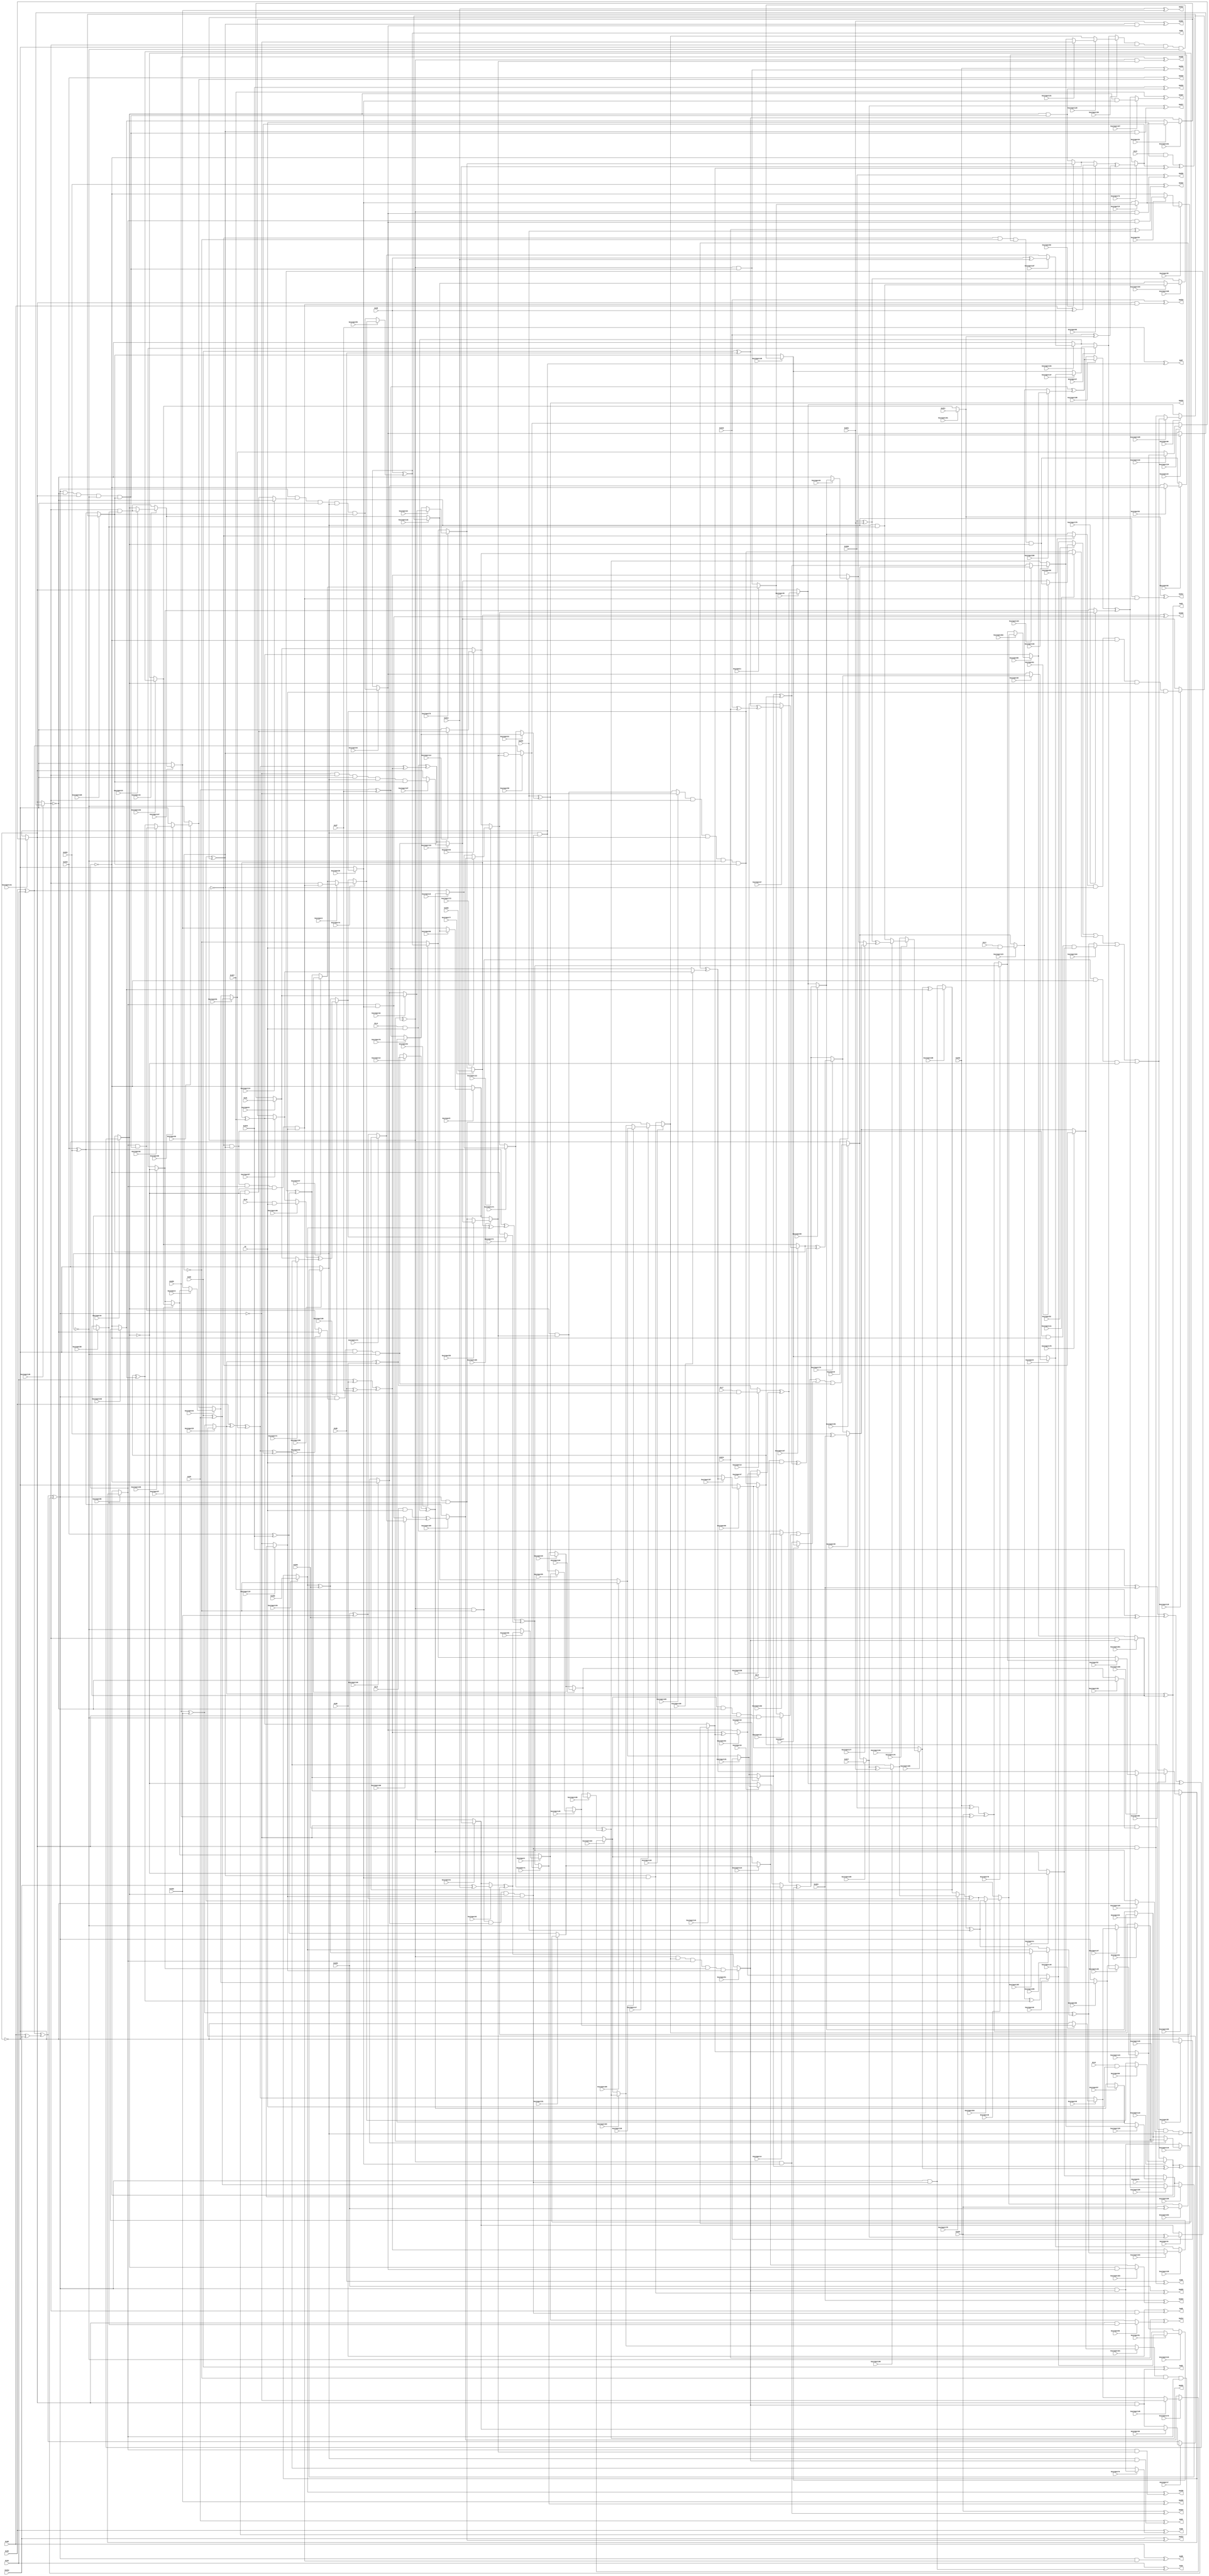
// Verilog File 
module top (Gid0,Gid1,Gid2,Gid3,Gid4,Gid5,Gid6,Gid7,Gid8,
Gid9,Gid10,Gid11,Gid12,Gid13,Gid14,Gid15,Gid16,Gid17,Gid18,
Gid19,Gid20,Gid21,Gid22,Gid23,Gid24,Gid25,Gid26,Gid27,Gid28,
Gid29,Gid30,Gid31,Gic0,Gic1,Gic2,Gic3,Gic4,Gic5,Gic6,
Gic7,Gr,God0,God1,God2,God3,God4,God5,God6,God7,
God8,God9,God10,God11,God12,God13,God14,God15,God16,God17,
God18,God19,God20,God21,God22,God23,God24,God25,God26,God27,
God28,God29,God30,God31,keyinput0,keyinput1,keyinput2,keyinput3,keyinput4,keyinput5,
keyinput6,keyinput7,keyinput8,keyinput9,keyinput10,keyinput11,keyinput12,keyinput13,keyinput14,keyinput15,
keyinput16,keyinput17,keyinput18,keyinput19,keyinput20,keyinput21,keyinput22,keyinput23,keyinput24,keyinput25,
keyinput26,keyinput27,keyinput28,keyinput29,keyinput30,keyinput31,keyinput32,keyinput33,keyinput34,keyinput35,
keyinput36,keyinput37,keyinput38,keyinput39,keyinput40,keyinput41,keyinput42,keyinput43,keyinput44,keyinput45,
keyinput46,keyinput47,keyinput48,keyinput49,keyinput50,keyinput51,keyinput52,keyinput53,keyinput54,keyinput55,
keyinput56,keyinput57,keyinput58,keyinput59,keyinput60,keyinput61,keyinput62,keyinput63,keyinput64,keyinput65,
keyinput66,keyinput67,keyinput68,keyinput69,keyinput70,keyinput71,keyinput72,keyinput73,keyinput74,keyinput75,
keyinput76,keyinput77,keyinput78,keyinput79,keyinput80,keyinput81,keyinput82,keyinput83,keyinput84,keyinput85,
keyinput86,keyinput87,keyinput88,keyinput89,keyinput90,keyinput91,keyinput92,keyinput93,keyinput94,keyinput95,
keyinput96,keyinput97,keyinput98,keyinput99,keyinput100,keyinput101,keyinput102,keyinput103,keyinput104,keyinput105,
keyinput106,keyinput107,keyinput108,keyinput109,keyinput110,keyinput111,keyinput112,keyinput113,keyinput114,keyinput115,
keyinput116,keyinput117,keyinput118,keyinput119,keyinput120,keyinput121,keyinput122,keyinput123,keyinput124,keyinput125,
keyinput126,keyinput127,keyinput128,keyinput129,keyinput130,keyinput131,keyinput132,keyinput133,keyinput134,keyinput135,
keyinput136,keyinput137,keyinput138,keyinput139,keyinput140,keyinput141,keyinput142,keyinput143,keyinput144,keyinput145,
keyinput146,keyinput147,keyinput148,keyinput149,keyinput150,keyinput151,keyinput152,keyinput153,keyinput154,keyinput155,
keyinput156,keyinput157,keyinput158,keyinput159,keyinput160,keyinput161,keyinput162,keyinput163,keyinput164,keyinput165,
keyinput166,keyinput167,keyinput168,keyinput169,keyinput170,keyinput171,keyinput172,keyinput173,keyinput174,keyinput175,
keyinput176,keyinput177,keyinput178,keyinput179,keyinput180,keyinput181,keyinput182,keyinput183,keyinput184,keyinput185,
keyinput186,keyinput187,keyinput188,keyinput189,keyinput190,keyinput191,keyinput192,keyinput193,keyinput194,keyinput195,
keyinput196,keyinput197,keyinput198,keyinput199,keyinput200,keyinput201,keyinput202,keyinput203,keyinput204,keyinput205);

input Gid0,Gid1,Gid2,Gid3,Gid4,Gid5,Gid6,Gid7,Gid8,
Gid9,Gid10,Gid11,Gid12,Gid13,Gid14,Gid15,Gid16,Gid17,Gid18,
Gid19,Gid20,Gid21,Gid22,Gid23,Gid24,Gid25,Gid26,Gid27,Gid28,
Gid29,Gid30,Gid31,Gic0,Gic1,Gic2,Gic3,Gic4,Gic5,Gic6,
Gic7,Gr,keyinput0,keyinput1,keyinput2,keyinput3,keyinput4,keyinput5,keyinput6,keyinput7,
keyinput8,keyinput9,keyinput10,keyinput11,keyinput12,keyinput13,keyinput14,keyinput15,keyinput16,keyinput17,
keyinput18,keyinput19,keyinput20,keyinput21,keyinput22,keyinput23,keyinput24,keyinput25,keyinput26,keyinput27,
keyinput28,keyinput29,keyinput30,keyinput31,keyinput32,keyinput33,keyinput34,keyinput35,keyinput36,keyinput37,
keyinput38,keyinput39,keyinput40,keyinput41,keyinput42,keyinput43,keyinput44,keyinput45,keyinput46,keyinput47,
keyinput48,keyinput49,keyinput50,keyinput51,keyinput52,keyinput53,keyinput54,keyinput55,keyinput56,keyinput57,
keyinput58,keyinput59,keyinput60,keyinput61,keyinput62,keyinput63,keyinput64,keyinput65,keyinput66,keyinput67,
keyinput68,keyinput69,keyinput70,keyinput71,keyinput72,keyinput73,keyinput74,keyinput75,keyinput76,keyinput77,
keyinput78,keyinput79,keyinput80,keyinput81,keyinput82,keyinput83,keyinput84,keyinput85,keyinput86,keyinput87,
keyinput88,keyinput89,keyinput90,keyinput91,keyinput92,keyinput93,keyinput94,keyinput95,keyinput96,keyinput97,
keyinput98,keyinput99,keyinput100,keyinput101,keyinput102,keyinput103,keyinput104,keyinput105,keyinput106,keyinput107,
keyinput108,keyinput109,keyinput110,keyinput111,keyinput112,keyinput113,keyinput114,keyinput115,keyinput116,keyinput117,
keyinput118,keyinput119,keyinput120,keyinput121,keyinput122,keyinput123,keyinput124,keyinput125,keyinput126,keyinput127,
keyinput128,keyinput129,keyinput130,keyinput131,keyinput132,keyinput133,keyinput134,keyinput135,keyinput136,keyinput137,
keyinput138,keyinput139,keyinput140,keyinput141,keyinput142,keyinput143,keyinput144,keyinput145,keyinput146,keyinput147,
keyinput148,keyinput149,keyinput150,keyinput151,keyinput152,keyinput153,keyinput154,keyinput155,keyinput156,keyinput157,
keyinput158,keyinput159,keyinput160,keyinput161,keyinput162,keyinput163,keyinput164,keyinput165,keyinput166,keyinput167,
keyinput168,keyinput169,keyinput170,keyinput171,keyinput172,keyinput173,keyinput174,keyinput175,keyinput176,keyinput177,
keyinput178,keyinput179,keyinput180,keyinput181,keyinput182,keyinput183,keyinput184,keyinput185,keyinput186,keyinput187,
keyinput188,keyinput189,keyinput190,keyinput191,keyinput192,keyinput193,keyinput194,keyinput195,keyinput196,keyinput197,
keyinput198,keyinput199,keyinput200,keyinput201,keyinput202,keyinput203,keyinput204,keyinput205;

output God0,God1,God2,God3,God4,God5,God6,God7,God8,
God9,God10,God11,God12,God13,God14,God15,God16,God17,God18,
God19,God20,God21,God22,God23,God24,God25,God26,God27,God28,
God29,God30,God31;

wire Gxa0,Gxa1,Gxa2,Gxa3,Gxa4,Gxa5,Gxa6,Gxa7,Gxa8,
Gxa9,Gxa10,Gxa11,Gxa12,Gxa13,Gxa14,Gxa15,Gh0,Gh1,Gh2,
Gh3,Gh4,Gh5,Gh6,Gh7,Gxb0,Gxc0,Gxb1,Gxc1,Gxb2,
Gxc2,Gxb3,Gxc3,Gxb4,Gxc4,Gxb5,Gxc5,Gxb6,Gxc6,Gxb7,
Gxc7,Gf0,Gf1,Gf2,Gf3,Gf4,Gf5,Gf6,Gf7,Gxe0,
Gxe1,Gxe2,Gxe3,Gxe4,Gxe5,Gxe6,Gxe7,Gg0,Gg1,Gg2,
Gg3,Gg4,Gg5,Gg6,Gg7,Gxd0,Gxd1,Gxd2,Gxd3,Gxd4,
Gxd5,Gxd6,Gxd7,Gs0,Gs1,Gs2,Gs3,Gs4,Gs5,Gs6,
Gs7,Gy0a,Gy1a,Gy2a,Gy0b,Gy1b,Gy3b,Gy0c,Gy2c,Gy3c,
Gy1d,Gy2d,Gy3d,Gy5i,Gy7i,Gy5j,Gy6j,Gy4k,Gy7k,Gy4l,
Gy6l,Gy4a,Gy5a,Gy6a,Gy4b,Gy5b,Gy7b,Gy4c,Gy6c,Gy7c,
Gy5d,Gy6d,Gy7d,Gy1i,Gy3i,Gy1j,Gy2j,Gy0k,Gy3k,Gy0l,
Gy2l,Gt0,Gt1,Gt2,Gt3,Gt4,Gt5,Gt6,Gt7,Gu0,
Gu1,Gwa,Gwb,Gwc,Gwd,Gwe,Gwf,Gwg,Gwh,Ge0,
Ge1,Ge2,Ge3,Ge4,Ge5,Ge6,Ge7,Ge8,Ge9,Ge10,
Ge11,Ge12,Ge13,Ge14,Ge15,Ge16,Ge17,Ge18,Ge19,Ge20,
Ge21,Ge22,Ge23,Ge24,Ge25,Ge26,Ge27,Ge28,Ge29,Ge30,
Ge31,muxed0,muxed1,muxed2,muxed3,muxed4,muxed5,muxed6,muxed7,muxed8,
muxed9,muxed10,muxed11,muxed12,muxed13,muxed14,muxed15,muxed16,muxed17,muxed18,
muxed19,muxed20,muxed21,muxed22,muxed23,muxed24,muxed25,muxed26,muxed27,muxed28,
muxed29,muxed30,muxed31,muxed32,muxed33,muxed34,muxed35,muxed36,muxed37,muxed38,
muxed39,muxed40,muxed41,muxed42,muxed43,muxed44,muxed45,muxed46,muxed47,muxed48,
muxed49,muxed50,muxed51,muxed52,muxed53,muxed54,muxed55,muxed56,muxed57,muxed58,
muxed59,muxed60,muxed61,muxed62,muxed63,muxed64,muxed65,muxed66,muxed67,muxed68,
muxed69,muxed70,muxed71,muxed72,muxed73,muxed74,muxed75,muxed76,muxed77,muxed78,
muxed79,muxed80,muxed81,muxed82,muxed83,muxed84,muxed85,muxed86,muxed87,muxed88,
muxed89,muxed90,muxed91,muxed92,muxed93,muxed94,muxed95,muxed96,muxed97,muxed98,
muxed99,muxed100,muxed101,muxed102,muxed103,muxed104,muxed105,muxed106,muxed107,muxed108,
muxed109,muxed110,muxed111,muxed112,muxed113,muxed114,muxed115,muxed116,muxed117,muxed118,
muxed119,muxed120,muxed121,muxed122,muxed123,muxed124,muxed125,muxed126,muxed127,muxed128,
muxed129,muxed130,muxed131,muxed132,muxed133,muxed134,muxed135,muxed136,muxed137,muxed138,
muxed139,muxed140,muxed141,muxed142,muxed143,muxed144,muxed145,muxed146,muxed147,muxed148,
muxed149,muxed150,muxed151,muxed152,muxed153,muxed154,muxed155,muxed156,muxed157,muxed158,
muxed159,muxed160,muxed161,muxed162,muxed163,muxed164,muxed165,muxed166,muxed167,muxed168,
muxed169,muxed170,muxed171,muxed172,muxed173,muxed174,muxed175,muxed176,muxed177,muxed178,
muxed179,muxed180,muxed181,muxed182,muxed183,muxed184,muxed185,muxed186,muxed187,muxed188,
muxed189,muxed190,muxed191,muxed192,muxed193,muxed194,muxed195,muxed196,muxed197,muxed198,
muxed199,muxed200,muxed201,muxed202,muxed203,muxed204,muxed205;
xor gate_0(Gxa0,Gid0,muxed29);
xor gate_1(Gxa1,Gid2,Gid3);
xor gate_2(Gxa2,Gid4,Gid5);
xor gate_3(Gxa3,Gid6,Gid7);
xor gate_4(Gxa4,Gid8,Gid9);
xor gate_5(Gxa5,Gid10,muxed191);
xor gate_6(Gxa6,Gid12,Gid13);
xor gate_7(Gxa7,Gid14,Gid15);
xor gate_8(Gxa8,Gid16,muxed180);
xor gate_9(Gxa9,Gid18,Gid19);
xor gate_10(Gxa10,Gid20,Gid21);
xor gate_11(Gxa11,Gid22,Gid23);
xor gate_12(Gxa12,Gid24,Gid25);
xor gate_13(Gxa13,muxed77,Gid27);
xor gate_14(Gxa14,Gid28,Gid29);
xor gate_15(Gxa15,muxed154,Gid31);
and gate_16(Gh0,Gic0,Gr);
and gate_17(Gh1,Gic1,Gr);
and gate_18(Gh2,Gic2,Gr);
and gate_19(Gh3,Gic3,Gr);
and gate_20(Gh4,Gic4,Gr);
and gate_21(Gh5,Gic5,Gr);
and gate_22(Gh6,Gic6,Gr);
and gate_23(Gh7,Gic7,Gr);
xor gate_24(Gxb0,Gid0,Gid4);
xor gate_25(Gxc0,Gid8,Gid12);
xor gate_26(Gxb1,muxed29,Gid5);
xor gate_27(Gxc1,Gid9,Gid13);
xor gate_28(Gxb2,Gid2,Gid6);
xor gate_29(Gxc2,Gid10,Gid14);
xor gate_30(Gxb3,Gid3,Gid7);
xor gate_31(Gxc3,muxed191,Gid15);
xor gate_32(Gxb4,Gid16,Gid20);
xor gate_33(Gxc4,Gid24,Gid28);
xor gate_34(Gxb5,muxed180,Gid21);
xor gate_35(Gxc5,Gid25,Gid29);
xor gate_36(Gxb6,Gid18,Gid22);
xor gate_37(Gxc6,muxed77,muxed154);
xor gate_38(Gxb7,Gid19,Gid23);
xor gate_39(Gxc7,Gid27,Gid31);
xor gate_40(Gf0,Gxa0,muxed81);
xor gate_41(Gf1,Gxa2,Gxa3);
xor gate_42(Gf2,muxed65,Gxa5);
xor gate_43(Gf3,muxed40,muxed35);
xor gate_44(Gf4,muxed31,Gxa9);
xor gate_45(Gf5,Gxa10,muxed177);
xor gate_46(Gf6,muxed203,muxed159);
xor gate_47(Gf7,Gxa14,muxed205);
xor gate_48(Gxe0,Gxb0,Gxc0);
xor gate_49(Gxe1,muxed12,muxed153);
xor gate_50(Gxe2,Gxb2,Gxc2);
xor gate_51(Gxe3,Gxb3,muxed200);
xor gate_52(Gxe4,Gxb4,Gxc4);
xor gate_53(Gxe5,muxed175,Gxc5);
xor gate_54(Gxe6,Gxb6,Gxc6);
xor gate_55(Gxe7,Gxb7,Gxc7);
xor gate_56(Gg0,Gf0,Gf1);
xor gate_57(Gg1,muxed76,muxed144);
xor gate_58(Gg2,Gf0,muxed76);
xor gate_59(Gg3,Gf1,muxed144);
xor gate_60(Gg4,muxed16,muxed189);
xor gate_61(Gg5,muxed156,muxed162);
xor gate_62(Gg6,muxed16,muxed156);
xor gate_63(Gg7,muxed189,muxed162);
xor gate_64(Gxd0,muxed110,Gg4);
xor gate_65(Gxd1,muxed123,Gg5);
xor gate_66(Gxd2,Gh2,Gg6);
xor gate_67(Gxd3,Gh3,muxed186);
xor gate_68(Gxd4,Gh4,Gg0);
xor gate_69(Gxd5,Gh5,Gg1);
xor gate_70(Gxd6,muxed160,muxed74);
xor gate_71(Gxd7,muxed13,muxed47);
xor gate_72(Gs0,Gxe0,Gxd0);
xor gate_73(Gs1,muxed14,muxed143);
xor gate_74(Gs2,muxed167,Gxd2);
xor gate_75(Gs3,muxed198,muxed170);
xor gate_76(Gs4,muxed26,Gxd4);
xor gate_77(Gs5,Gxe5,Gxd5);
xor gate_78(Gs6,Gxe6,muxed72);
xor gate_79(Gs7,Gxe7,muxed45);
not gate_80(Gy0a,Gs0);
not gate_81(Gy1a,muxed140);
not gate_82(Gy2a,muxed141);
not gate_83(Gy0b,Gs0);
not gate_84(Gy1b,muxed140);
not gate_85(Gy3b,muxed195);
not gate_86(Gy0c,Gs0);
not gate_87(Gy2c,muxed141);
not gate_88(Gy3c,muxed195);
not gate_89(Gy1d,muxed140);
not gate_90(Gy2d,muxed141);
not gate_91(Gy3d,muxed195);
not gate_92(Gy5i,Gs5);
not gate_93(Gy7i,muxed44);
not gate_94(Gy5j,Gs5);
not gate_95(Gy6j,muxed85);
not gate_96(Gy4k,Gs4);
not gate_97(Gy7k,muxed44);
not gate_98(Gy4l,Gs4);
not gate_99(Gy6l,muxed85);
not gate_100(Gy4a,Gs4);
not gate_101(Gy5a,Gs5);
not gate_102(Gy6a,muxed85);
not gate_103(Gy4b,Gs4);
not gate_104(Gy5b,Gs5);
not gate_105(Gy7b,muxed44);
not gate_106(Gy4c,Gs4);
not gate_107(Gy6c,muxed85);
not gate_108(Gy7c,muxed44);
not gate_109(Gy5d,Gs5);
not gate_110(Gy6d,muxed85);
not gate_111(Gy7d,muxed44);
not gate_112(Gy1i,muxed140);
not gate_113(Gy3i,muxed195);
not gate_114(Gy1j,muxed140);
not gate_115(Gy2j,muxed141);
not gate_116(Gy0k,Gs0);
not gate_117(Gy3k,muxed195);
not gate_118(Gy0l,Gs0);
not gate_119(Gy2l,muxed141);
and gate_120(Gt0,Gy0a,muxed152,muxed126,muxed195);
and gate_121(Gt1,muxed184,Gy1b,muxed141,Gy3b);
and gate_122(Gt2,muxed136,muxed140,Gy2c,Gy3c);
and gate_123(Gt3,Gs0,muxed84,Gy2d,Gy3d);
and gate_124(Gt4,Gy4a,Gy5a,muxed62,muxed44);
and gate_125(Gt5,muxed101,Gy5b,muxed85,Gy7b);
and gate_126(Gt6,Gy4c,Gs5,Gy6c,muxed11);
and gate_127(Gt7,Gs4,Gy5d,Gy6d,Gy7d);
or gate_128(Gu0,muxed182,muxed19,muxed7,Gt3);
or gate_129(Gu1,muxed92,muxed111,muxed164,Gt7);
and gate_130(Gwa,Gs4,muxed129,muxed85,muxed199,muxed119);
and gate_131(Gwb,Gs4,Gy5j,muxed146,muxed44,muxed119);
and gate_132(Gwc,Gy4k,Gs5,muxed85,Gy7k,muxed119);
and gate_133(Gwd,muxed89,Gs5,Gy6l,muxed44,muxed119);
and gate_134(Gwe,Gs0,Gy1i,muxed141,Gy3i,muxed108);
and gate_135(Gwf,Gs0,muxed114,Gy2j,muxed195,muxed108);
and gate_136(Gwg,muxed105,muxed140,muxed141,Gy3k,muxed108);
and gate_137(Gwh,Gy0l,muxed140,Gy2l,muxed195,muxed108);
and gate_138(Ge0,Gs0,muxed51);
and gate_139(Ge1,muxed140,muxed51);
and gate_140(Ge2,muxed141,muxed51);
and gate_141(Ge3,muxed195,muxed51);
and gate_142(Ge4,Gs0,Gwb);
and gate_143(Ge5,muxed140,Gwb);
and gate_144(Ge6,muxed141,Gwb);
and gate_145(Ge7,muxed195,Gwb);
and gate_146(Ge8,Gs0,Gwc);
and gate_147(Ge9,muxed140,Gwc);
and gate_148(Ge10,muxed141,Gwc);
and gate_149(Ge11,muxed195,Gwc);
and gate_150(Ge12,Gs0,muxed98);
and gate_151(Ge13,muxed140,muxed98);
and gate_152(Ge14,muxed141,muxed98);
and gate_153(Ge15,muxed195,muxed98);
and gate_154(Ge16,Gs4,Gwe);
and gate_155(Ge17,Gs5,Gwe);
and gate_156(Ge18,muxed85,Gwe);
and gate_157(Ge19,muxed44,Gwe);
and gate_158(Ge20,Gs4,muxed54);
and gate_159(Ge21,Gs5,muxed54);
and gate_160(Ge22,muxed85,muxed54);
and gate_161(Ge23,muxed44,muxed54);
and gate_162(Ge24,Gs4,muxed36);
and gate_163(Ge25,Gs5,muxed36);
and gate_164(Ge26,muxed85,muxed36);
and gate_165(Ge27,muxed44,muxed36);
and gate_166(Ge28,Gs4,muxed106);
and gate_167(Ge29,Gs5,muxed106);
and gate_168(Ge30,muxed85,muxed106);
and gate_169(Ge31,muxed44,muxed106);
xor gate_170(God0,Gid0,muxed75);
xor gate_171(God1,muxed29,muxed201);
xor gate_172(God2,Gid2,Ge2);
xor gate_173(God3,Gid3,Ge3);
xor gate_174(God4,Gid4,Ge4);
xor gate_175(God5,Gid5,Ge5);
xor gate_176(God6,Gid6,Ge6);
xor gate_177(God7,Gid7,Ge7);
xor gate_178(God8,Gid8,Ge8);
xor gate_179(God9,Gid9,muxed55);
xor gate_180(God10,Gid10,Ge10);
xor gate_181(God11,muxed191,Ge11);
xor gate_182(God12,Gid12,Ge12);
xor gate_183(God13,Gid13,muxed127);
xor gate_184(God14,Gid14,muxed96);
xor gate_185(God15,Gid15,muxed21);
xor gate_186(God16,Gid16,Ge16);
xor gate_187(God17,muxed180,Ge17);
xor gate_188(God18,Gid18,muxed82);
xor gate_189(God19,Gid19,Ge19);
xor gate_190(God20,Gid20,Ge20);
xor gate_191(God21,Gid21,Ge21);
xor gate_192(God22,Gid22,Ge22);
xor gate_193(God23,Gid23,muxed183);
xor gate_194(God24,Gid24,Ge24);
xor gate_195(God25,Gid25,Ge25);
xor gate_196(God26,muxed77,Ge26);
xor gate_197(God27,Gid27,muxed197);
xor gate_198(God28,Gid28,Ge28);
xor gate_199(God29,Gid29,muxed71);
xor gate_200(God30,muxed154,Ge30);
xor gate_201(God31,Gid31,muxed150);
assign muxed0 = keyinput0 ? Gid1 : muxed161;
assign muxed1 = keyinput1 ? muxed57 : Ge16;
assign muxed2 = keyinput2 ? Ge9 : muxed57;
assign muxed3 = keyinput3 ? muxed97 : muxed127;
assign muxed4 = keyinput4 ? muxed50 : muxed97;
assign muxed5 = keyinput5 ? muxed99 : Gy6c;
assign muxed6 = keyinput6 ? muxed120 : muxed11;
assign muxed7 = keyinput7 ? muxed139 : Ge24;
assign muxed8 = keyinput8 ? muxed38 : muxed139;
assign muxed9 = keyinput9 ? muxed25 : Gf1;
assign muxed10 = keyinput10 ? Gxe1 : Gxb0;
assign muxed11 = keyinput11 ? Gy7c : Gxe1;
assign muxed12 = keyinput12 ? Gxb1 : Gt3;
assign muxed13 = keyinput13 ? Gh7 : Gxb1;
assign muxed14 = keyinput14 ? muxed171 : muxed15;
assign muxed15 = keyinput15 ? muxed131 : Gy7b;
assign muxed16 = keyinput16 ? Gf4 : muxed131;
assign muxed17 = keyinput17 ? muxed30 : Gxe0;
assign muxed18 = keyinput18 ? muxed1 : muxed36;
assign muxed19 = keyinput19 ? Gt1 : muxed1;
assign muxed20 = keyinput20 ? God15 : muxed71;
assign muxed21 = keyinput21 ? muxed79 : muxed171;
assign muxed22 = keyinput22 ? muxed32 : muxed79;
assign muxed23 = keyinput23 ? Ge13 : muxed44;
assign muxed24 = keyinput24 ? muxed9 : muxed54;
assign muxed25 = keyinput25 ? muxed90 : Gy1b;
assign muxed26 = keyinput26 ? Gxe4 : muxed90;
assign muxed27 = keyinput27 ? Gxe2 : muxed131;
assign muxed28 = keyinput28 ? God1 : Gy2c;
assign muxed29 = keyinput29 ? muxed17 : Gxa14;
assign muxed30 = keyinput30 ? muxed41 : Ge2;
assign muxed31 = keyinput31 ? Gxa8 : muxed41;
assign muxed32 = keyinput32 ? muxed0 : muxed146;
assign muxed33 = keyinput33 ? muxed113 : muxed0;
assign muxed34 = keyinput34 ? muxed18 : muxed162;
assign muxed35 = keyinput35 ? muxed64 : muxed18;
assign muxed36 = keyinput36 ? Gwg : Gy2j;
assign muxed37 = keyinput37 ? muxed137 : muxed153;
assign muxed38 = keyinput38 ? muxed179 : muxed54;
assign muxed39 = keyinput39 ? Gxa11 : muxed179;
assign muxed40 = keyinput40 ? Gxa6 : muxed41;
assign muxed41 = keyinput41 ? muxed66 : muxed32;
assign muxed42 = keyinput42 ? muxed3 : muxed82;
assign muxed43 = keyinput43 ? muxed23 : Ge13;
assign muxed44 = keyinput44 ? Gs7 : muxed167;
assign muxed45 = keyinput45 ? Gxd7 : muxed141;
assign muxed46 = keyinput46 ? muxed204 : Gxd7;
assign muxed47 = keyinput47 ? muxed93 : muxed51;
assign muxed48 = keyinput48 ? Gxd1 : muxed93;
assign muxed49 = keyinput49 ? muxed149 : Gf0;
assign muxed50 = keyinput50 ? Gf3 : Gy3b;
assign muxed51 = keyinput51 ? Gwa : Gf3;
assign muxed52 = keyinput52 ? muxed70 : muxed53;
assign muxed53 = keyinput53 ? God9 : Gy5d;
assign muxed54 = keyinput54 ? Gwf : God9;
assign muxed55 = keyinput55 ? muxed73 : Gwf;
assign muxed56 = keyinput56 ? Gh0 : muxed73;
assign muxed57 = keyinput57 ? muxed20 : Gf4;
assign muxed58 = keyinput58 ? Ge29 : Gxb0;
assign muxed59 = keyinput59 ? muxed133 : Ge12;
assign muxed60 = keyinput60 ? muxed109 : muxed45;
assign muxed61 = keyinput61 ? Gt4 : muxed133;
assign muxed62 = keyinput62 ? muxed63 : Gt4;
assign muxed63 = keyinput63 ? Gy6a : muxed146;
assign muxed64 = keyinput64 ? Gxa7 : Gy6a;
assign muxed65 = keyinput65 ? Gxa4 : muxed66;
assign muxed66 = keyinput66 ? muxed78 : Ge19;
assign muxed67 = keyinput67 ? muxed80 : Gxe1;
assign muxed68 = keyinput68 ? muxed83 : Gy2c;
assign muxed69 = keyinput69 ? muxed158 : muxed156;
assign muxed70 = keyinput70 ? Gs6 : Gxe4;
assign muxed71 = keyinput71 ? muxed58 : Gs6;
assign muxed72 = keyinput72 ? muxed166 : Gy6a;
assign muxed73 = keyinput73 ? muxed2 : muxed166;
assign muxed74 = keyinput74 ? Gg2 : muxed0;
assign muxed75 = keyinput75 ? Ge0 : Gg2;
assign muxed76 = keyinput76 ? Gf2 : Gy6a;
assign muxed77 = keyinput77 ? Gid26 : muxed78;
assign muxed78 = keyinput78 ? muxed22 : muxed53;
assign muxed79 = keyinput79 ? muxed67 : Gxb3;
assign muxed80 = keyinput80 ? muxed42 : Gs0;
assign muxed81 = keyinput81 ? Gxa1 : muxed42;
assign muxed82 = keyinput82 ? muxed68 : Gy3d;
assign muxed83 = keyinput83 ? Ge18 : Gg5;
assign muxed84 = keyinput84 ? Gy1d : Ge18;
assign muxed85 = keyinput85 ? muxed155 : muxed110;
assign muxed86 = keyinput86 ? muxed157 : Gy2c;
assign muxed87 = keyinput87 ? Gxa13 : muxed161;
assign muxed88 = keyinput88 ? muxed202 : Gxa13;
assign muxed89 = keyinput89 ? Gy4l : muxed90;
assign muxed90 = keyinput90 ? Gs1 : muxed45;
assign muxed91 = keyinput91 ? muxed48 : Gy3i;
assign muxed92 = keyinput92 ? muxed61 : muxed48;
assign muxed93 = keyinput93 ? Gg3 : muxed54;
assign muxed94 = keyinput94 ? muxed147 : muxed129;
assign muxed95 = keyinput95 ? muxed4 : Ge7;
assign muxed96 = keyinput96 ? Ge14 : muxed4;
assign muxed97 = keyinput97 ? muxed192 : muxed199;
assign muxed98 = keyinput98 ? muxed5 : muxed201;
assign muxed99 = keyinput99 ? muxed132 : muxed127;
assign muxed100 = keyinput100 ? Gy5i : muxed132;
assign muxed101 = keyinput101 ? muxed178 : muxed102;
assign muxed102 = keyinput102 ? God31 : muxed184;
assign muxed103 = keyinput103 ? muxed122 : God31;
assign muxed104 = keyinput104 ? Ge31 : muxed20;
assign muxed105 = keyinput105 ? Gy0k : Ge31;
assign muxed106 = keyinput106 ? muxed59 : muxed5;
assign muxed107 = keyinput107 ? Gwh : muxed141;
assign muxed108 = keyinput108 ? muxed60 : Gxb6;
assign muxed109 = keyinput109 ? Gu1 : Ge6;
assign muxed110 = keyinput110 ? muxed56 : Gu1;
assign muxed111 = keyinput111 ? muxed33 : Gwg;
assign muxed112 = keyinput112 ? muxed172 : muxed33;
assign muxed113 = keyinput113 ? Gt5 : Gy2j;
assign muxed114 = keyinput114 ? Gy1j : Gt5;
assign muxed115 = keyinput115 ? muxed135 : muxed144;
assign muxed116 = keyinput116 ? muxed145 : Ge0;
assign muxed117 = keyinput117 ? muxed130 : Ge12;
assign muxed118 = keyinput118 ? Gwd : muxed133;
assign muxed119 = keyinput119 ? muxed6 : Gy0l;
assign muxed120 = keyinput120 ? muxed103 : muxed67;
assign muxed121 = keyinput121 ? Gy0c : muxed103;
assign muxed122 = keyinput122 ? muxed181 : Gg6;
assign muxed123 = keyinput123 ? Gh1 : muxed181;
assign muxed124 = keyinput124 ? muxed151 : muxed184;
assign muxed125 = keyinput125 ? muxed95 : muxed151;
assign muxed126 = keyinput126 ? Gy2a : Gs6;
assign muxed127 = keyinput127 ? muxed43 : Gy2a;
assign muxed128 = keyinput128 ? muxed121 : muxed129;
assign muxed129 = keyinput129 ? muxed117 : Ge25;
assign muxed130 = keyinput130 ? muxed100 : muxed102;
assign muxed131 = keyinput131 ? muxed28 : muxed100;
assign muxed132 = keyinput132 ? muxed118 : muxed43;
assign muxed133 = keyinput133 ? muxed107 : Gxd4;
assign muxed134 = keyinput134 ? muxed142 : muxed58;
assign muxed135 = keyinput135 ? muxed37 : muxed80;
assign muxed136 = keyinput136 ? muxed128 : muxed37;
assign muxed137 = keyinput137 ? muxed8 : muxed139;
assign muxed138 = keyinput138 ? muxed163 : muxed8;
assign muxed139 = keyinput139 ? Gt2 : muxed108;
assign muxed140 = keyinput140 ? muxed24 : muxed141;
assign muxed141 = keyinput141 ? muxed134 : Ge7;
assign muxed142 = keyinput142 ? muxed115 : muxed81;
assign muxed143 = keyinput143 ? muxed91 : muxed115;
assign muxed144 = keyinput144 ? muxed116 : Gxa13;
assign muxed145 = keyinput145 ? muxed94 : muxed26;
assign muxed146 = keyinput146 ? Gy6j : muxed94;
assign muxed147 = keyinput147 ? muxed49 : Gy3i;
assign muxed148 = keyinput148 ? Gy0b : muxed49;
assign muxed149 = keyinput149 ? muxed125 : Gy2d;
assign muxed150 = keyinput150 ? muxed104 : muxed125;
assign muxed151 = keyinput151 ? Gt0 : Gxa9;
assign muxed152 = keyinput152 ? Gy1a : muxed104;
assign muxed153 = keyinput153 ? muxed187 : Gy1a;
assign muxed154 = keyinput154 ? Gid30 : muxed155;
assign muxed155 = keyinput155 ? muxed69 : Gf4;
assign muxed156 = keyinput156 ? muxed86 : Gwg;
assign muxed157 = keyinput157 ? Gf6 : Gg2;
assign muxed158 = keyinput158 ? muxed52 : Gf6;
assign muxed159 = keyinput159 ? muxed87 : Gxb3;
assign muxed160 = keyinput160 ? Gh6 : muxed87;
assign muxed161 = keyinput161 ? muxed34 : Gxb2;
assign muxed162 = keyinput162 ? muxed138 : Gy6l;
assign muxed163 = keyinput163 ? Gf7 : Gf1;
assign muxed164 = keyinput164 ? Gt6 : Gf7;
assign muxed165 = keyinput165 ? Gxa15 : muxed154;
assign muxed166 = keyinput166 ? Gxd6 : Gxa15;
assign muxed167 = keyinput167 ? muxed27 : muxed192;
assign muxed168 = keyinput168 ? muxed193 : Gxa10;
assign muxed169 = keyinput169 ? muxed196 : muxed6;
assign muxed170 = keyinput170 ? muxed112 : muxed199;
assign muxed171 = keyinput171 ? muxed10 : muxed112;
assign muxed172 = keyinput172 ? muxed185 : muxed10;
assign muxed173 = keyinput173 ? muxed148 : muxed185;
assign muxed174 = keyinput174 ? muxed188 : Gxc5;
assign muxed175 = keyinput175 ? muxed190 : muxed188;
assign muxed176 = keyinput176 ? muxed194 : muxed190;
assign muxed177 = keyinput177 ? muxed39 : muxed9;
assign muxed178 = keyinput178 ? Gy4b : muxed39;
assign muxed179 = keyinput179 ? Gs2 : Gs1;
assign muxed180 = keyinput180 ? Gid17 : muxed181;
assign muxed181 = keyinput181 ? Gu0 : Gy2c;
assign muxed182 = keyinput182 ? muxed124 : Gh4;
assign muxed183 = keyinput183 ? Ge23 : muxed124;
assign muxed184 = keyinput184 ? muxed173 : Gy0b;
assign muxed185 = keyinput185 ? Gxd3 : Gxb6;
assign muxed186 = keyinput186 ? muxed174 : Ge26;
assign muxed187 = keyinput187 ? Gxc1 : muxed174;
assign muxed188 = keyinput188 ? Gg7 : Ge4;
assign muxed189 = keyinput189 ? muxed176 : muxed86;
assign muxed190 = keyinput190 ? Gxb5 : Gg2;
assign muxed191 = keyinput191 ? Gid11 : muxed192;
assign muxed192 = keyinput192 ? muxed168 : Gt0;
assign muxed193 = keyinput193 ? Ge15 : muxed132;
assign muxed194 = keyinput194 ? Gf5 : Ge15;
assign muxed195 = keyinput195 ? muxed169 : Gy2c;
assign muxed196 = keyinput196 ? Gs3 : Gxa1;
assign muxed197 = keyinput197 ? Ge27 : Gs3;
assign muxed198 = keyinput198 ? Gxe3 : muxed178;
assign muxed199 = keyinput199 ? Gy7i : Gxe3;
assign muxed200 = keyinput200 ? muxed88 : muxed123;
assign muxed201 = keyinput201 ? Ge1 : muxed88;
assign muxed202 = keyinput202 ? muxed46 : muxed70;
assign muxed203 = keyinput203 ? Gxa12 : muxed46;
assign muxed204 = keyinput204 ? Gxc3 : Gxe5;
assign muxed205 = keyinput205 ? muxed165 : Gxc3;
endmodule